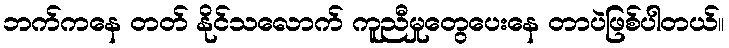
ဘက်ကနေ တတ် နိုင်သလောက် ကူညီမှုတွေပေးနေ တာပဲဖြစ်ပါတယ်။